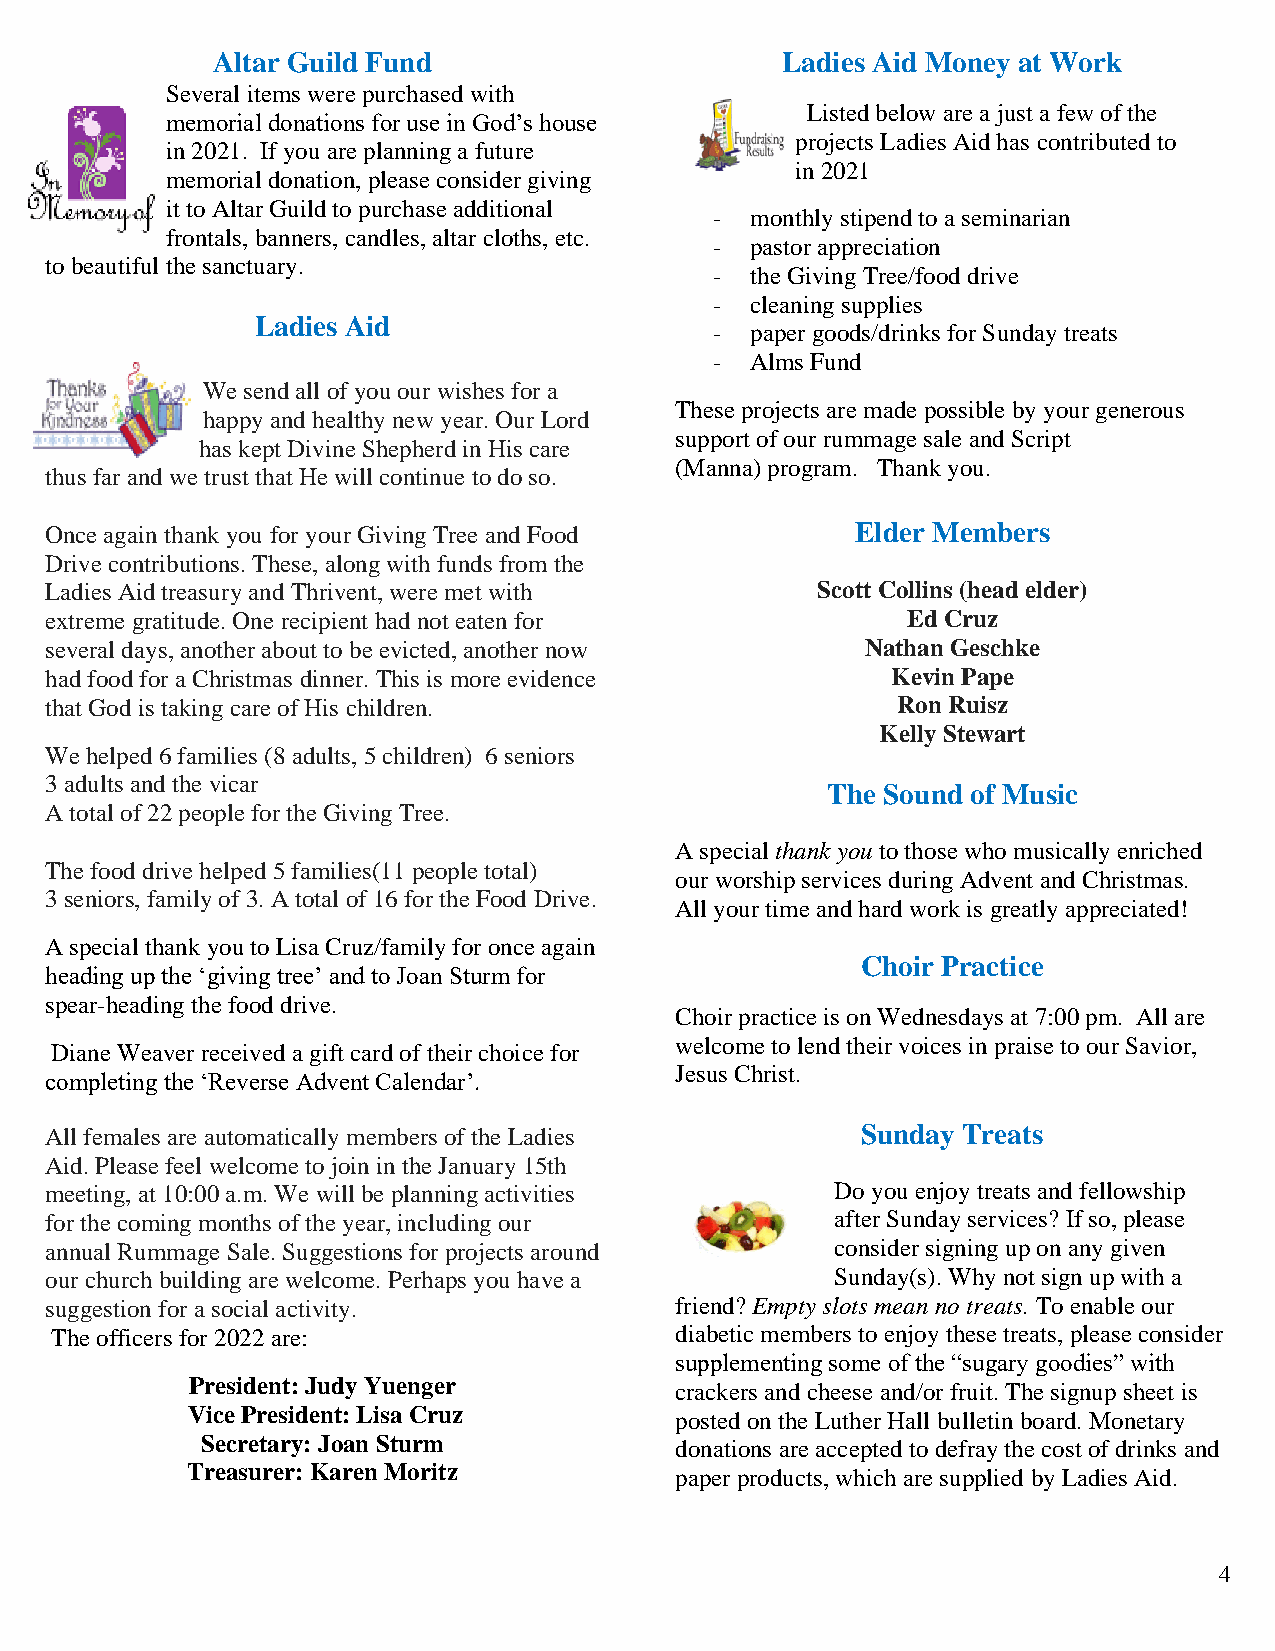
Altar Guild Fund                      Ladies Aid Money at Work
 Several items were purchased with
 Listed below are a just a few of the
 memorial donations for use in God’s house
 projects Ladies Aid has contributed to
 in 2021. If you are planning a future
 in 2021
 memorial donation, please consider giving
 it to Altar Guild to purchase additional
 -  monthly stipend to a seminarian
 frontals, banners, candles, altar cloths, etc.
 -  pastor appreciation
 to beautiful the sanctuary.
 -  the Giving Tree/food drive
 -  cleaning supplies
 Ladies Aid
 -  paper goods/drinks for Sunday treats
 -  Alms Fund
 We send all of you our wishes for a
 These projects are made possible by your generous
 happy and healthy new year. Our Lord
 support of our rummage sale and Script
 has kept Divine Shepherd in His care
 (Manna) program. Thank you.
 thus far and we trust that He will continue to do so.
 Once again thank you for your Giving Tree and Food    Elder Members
 Drive contributions. These, along with funds from the
 Ladies Aid treasury and Thrivent, were met with    Scott Collins (head elder)
 extreme gratitude. One recipient had not eaten for       Ed Cruz
 several days, another about to be evicted, another now Nathan Geschke
 had food for a Christmas dinner. This is more evidence  Kevin Pape
 that God is taking care of His children.                Ron Ruisz
 Kelly Stewart
 We helped 6 families (8 adults, 5 children) 6 seniors
 3 adults and the vicar
 The Sound of Music
 A total of 22 people for the Giving Tree.
 A special thank you to those who musically enriched
 The food drive helped 5 families(11 people total)
 our worship services during Advent and Christmas.
 3 seniors, family of 3. A total of 16 for the Food Drive.
 All your time and hard work is greatly appreciated!
 A special thank you to Lisa Cruz/family for once again
 Choir Practice
 heading up the ‘giving tree’ and to Joan Sturm for
 spear-heading the food drive.
 Choir practice is on Wednesdays at 7:00 pm. All are
 welcome to lend their voices in praise to our Savior,
 Diane Weaver received a gift card of their choice for
 completing the ‘Reverse Advent Calendar’.
 Jesus Christ.
 All females are automatically members of the Ladies   Sunday Treats
 Aid. Please feel welcome to join in the January 15th
 meeting, at 10:00 a.m. We will be planning activities Do you enjoy treats and fellowship
 for the coming months of the year, including our    after Sunday services? If so, please
 annual Rummage Sale. Suggestions for projects around consider signing up on any given
 our church building are welcome. Perhaps you have a Sunday(s). Why not sign up with a
 suggestion for a social activity.         friend? Empty slots mean no treats. To enable our
 The officers for 2022 are:                diabetic members to enjoy these treats, please consider
 supplementing some of the “sugary goodies” with
 President: Judy Yuenger         crackers and cheese and/or fruit. The signup sheet is
 Vice President: Lisa Cruz        posted on the Luther Hall bulletin board. Monetary
 Secretary: Joan Sturm           donations are accepted to defray the cost of drinks and
 Treasurer: Karen Moritz          paper products, which are supplied by Ladies Aid.
 4